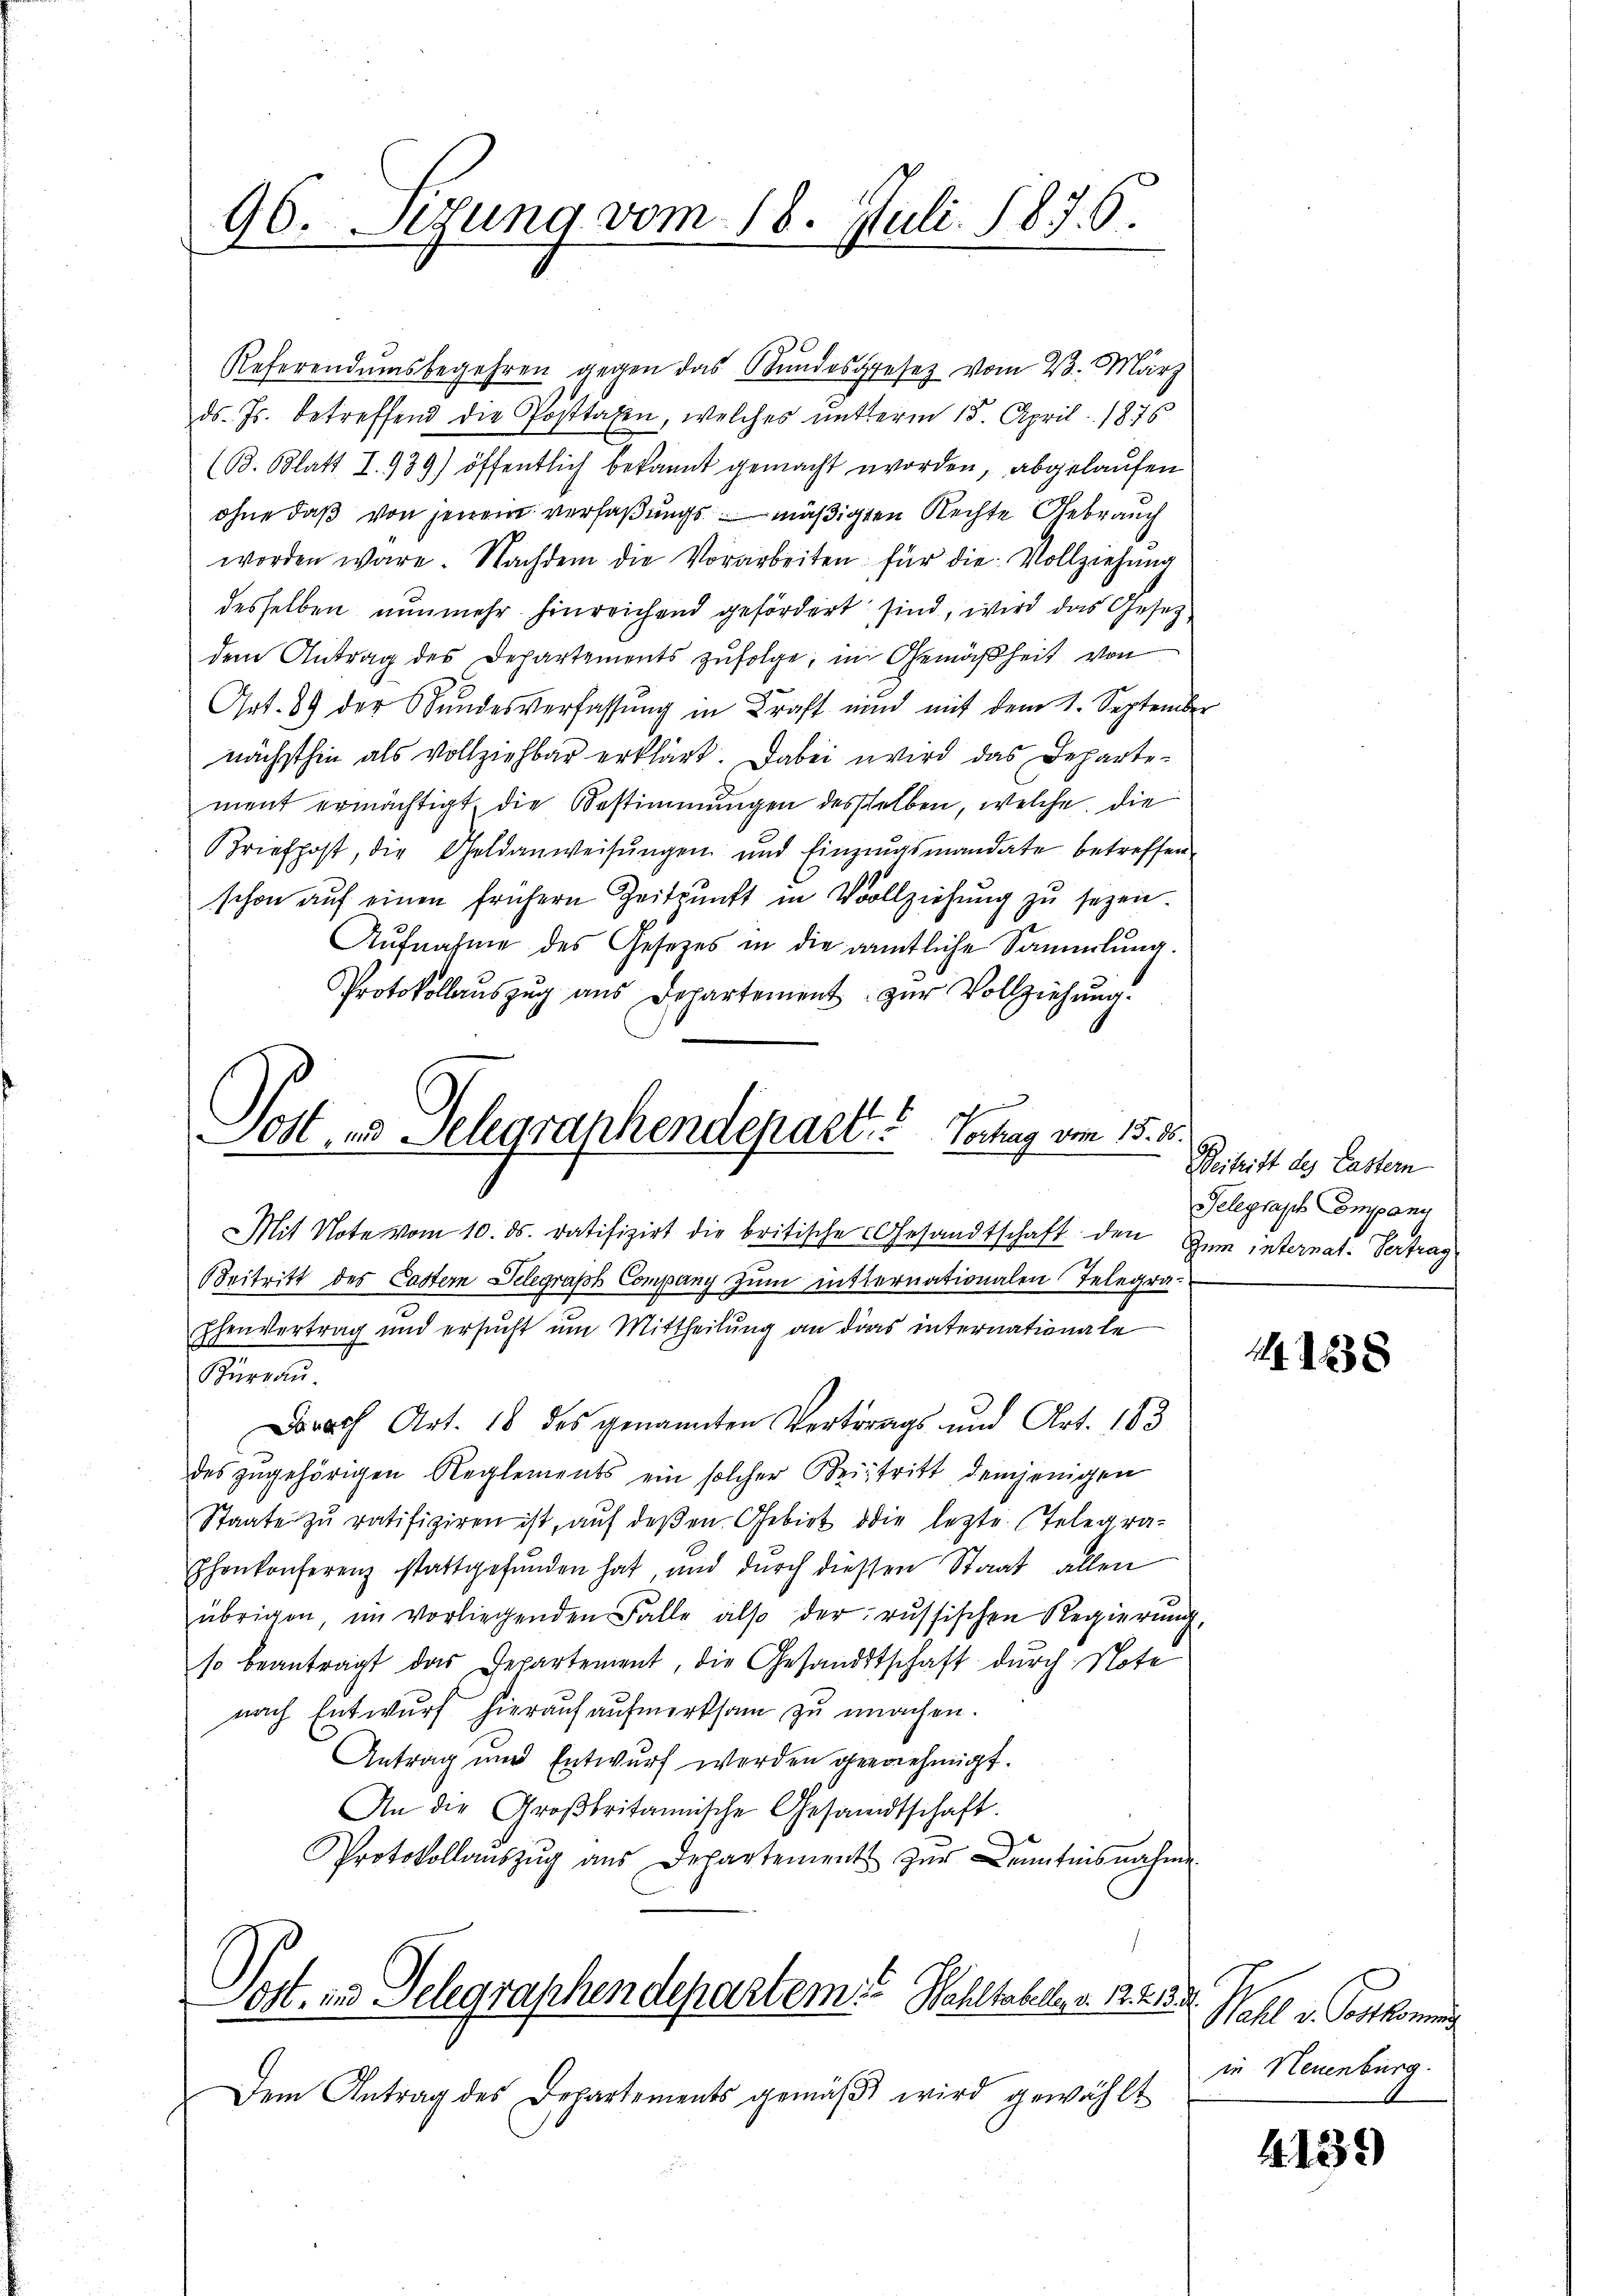
46. Sizung vom 18. Juli 1876.
d

Referendumsbegehren gegen das Bundesgesez vom 23. März
ds. Js. betreffend die Posttafen, welches unterm 15. April 1876
(B. Blatt I. 939) öffentlich bekannt gemacht worden, abgelaufen
ohne daß von jenem verfaßungsmäßigen Rechte Gebrauch
worden wäre. Nachdem die Vorarbeiten für die Vollziehung
desselben nunmehr hinreichend gefördert sind, wird das Gesetz
dem Antrag des Departements zufolge, in Gemäßheit von
Got. 89 der Stundesverfassung in Kraft und mit dem 1. September
nächsthin als vollziehbar erklärt. Dabei wird das Departement ermächtigt, die Bestimmungen desselben, welche die
Briefpost, die Geldanweisŭngen und Einzigsmandate betreffen
schon auf einen frühern Zeitpunkt in Vollziehung zu sezen.
Aufnahme des Gesetzes in die amtliche Sammlung.
Protokollaŭszŭg aŭs Departement zŭr Vollziehŭng.
Beitritt des Castern Delegraph Company zum ritternationalen Telegraphenvertrag und ersucht um Mittheilung an das internationale
Thurgau.
Danach Art. 18 des genannten Vertrags- und Art. 183
des zugehörigen Reglements ein solcher Beitritt demjenigen
Staate zu ratifiziren ist, auf deßen Gebiet die letzte Telegra¬
Phonkonferenz stattgefŭnden hat, und durch diesen Staat allen
übrigen im vorliegenden Falle also der russischen Regierŭng,
so beantragt das Departement, die Gesandtschaft durch Note
nach Entwurf hierauf aufmerksam zu machen.
Antrag und Entwurf werden genehmigt.
An die Großbritannische Gesandtschaft.
Protokollaŭszŭg aŭs Departements zŭr Kenntnisnahmen
ost, und Telegraphendepartem Wohltabelle, d. 12 f. 13. 2
Dem Antrag des Departements gemäβ wird gewählt

.
Sost, es Delegraphendepart.“ Vochag vom 15. 8.
Mit Note vom 10. ds. ratifizirt die britische Gesandtschaft den Zum internat. Vertrag

Beitritt des Lastern
Telegraph Company

114. 1858

Mahl v. Sachen
in Neuenburg.

4139